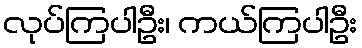
လုပ်ကြပါဦး၊ ကယ်ကြပါဦး